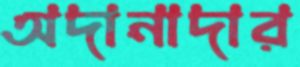
অদানাদার